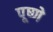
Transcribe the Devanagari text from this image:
पूष्णे